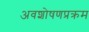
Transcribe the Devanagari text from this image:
अवशोषणप्रक्रम